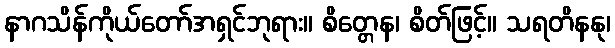
နာဂသိန်ကိုယ်တော်အရှင်ဘုရား။ စိတ္တေန၊ စိတ်ဖြင့်။ သရတိနနု၊